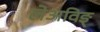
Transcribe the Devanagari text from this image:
लेअविङ्